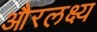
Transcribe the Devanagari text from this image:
औरलक्ष्य